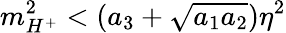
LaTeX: m_{H^{+}}^{2}<(a_{3}+\sqrt{a_{1}a_{2}})\eta^{2}